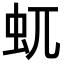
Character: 𧈭